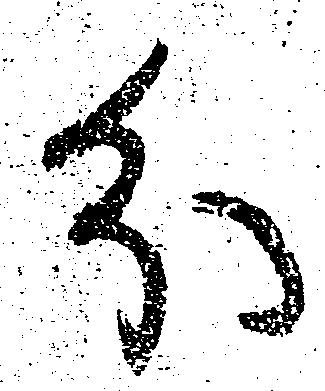
分